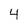
Character: 4